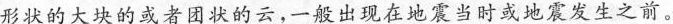
形状的大块的或者团状的云，一般出现在地震当时或地震发生之前。